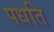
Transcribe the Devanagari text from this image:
पधति